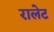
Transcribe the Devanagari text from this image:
रालेट